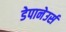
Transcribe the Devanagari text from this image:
डेपानेउर्स